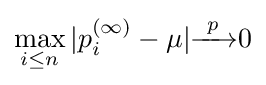
\max _{i\leq n}|p_{i}^{(\infty )}-\mu |{\xrightarrow {\ p\ }}0